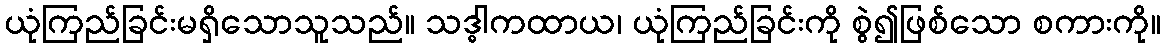
ယုံကြည်ခြင်းမရှိသောသူသည်။ သဒ္ဓါကထာယ၊ ယုံကြည်ခြင်းကို စွဲ၍ဖြစ်သော စကားကို။